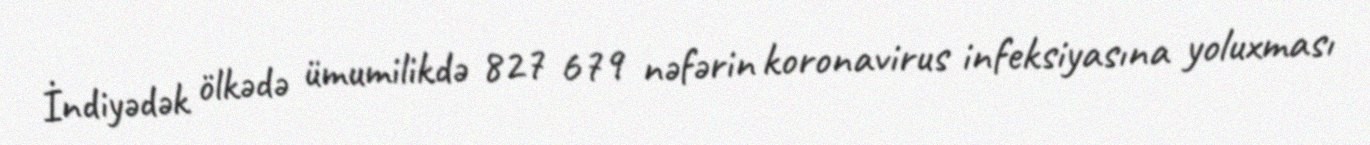
İndiyədək ölkədə ümumilikdə 827 679 nəfərin koronavirus infeksiyasına yoluxması